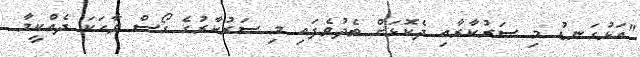
"އަޅުގަނޑު މި ސަރުކާރާއި ދެކޮޅަށް ތެދުވެފައި މި ސަރުކާރުގެ ގޯސް ވާހަކަ ދެއްކީމާ